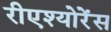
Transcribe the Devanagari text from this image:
रीएश्योरेंस